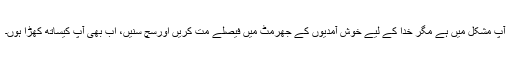
آپ مشکل میں ہے مگر خدا کے لیے خوش آمدیوں کے جھرمٹ میں فیصلے مت کریں اورسچ سنیں، اب بھی آپ کیساتھ کھڑا ہوں۔